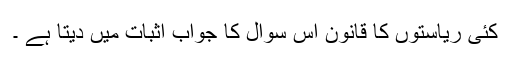
کئی ریاستوں کا قانون اس سوال کا جواب اثبات میں دیتا ہے ۔